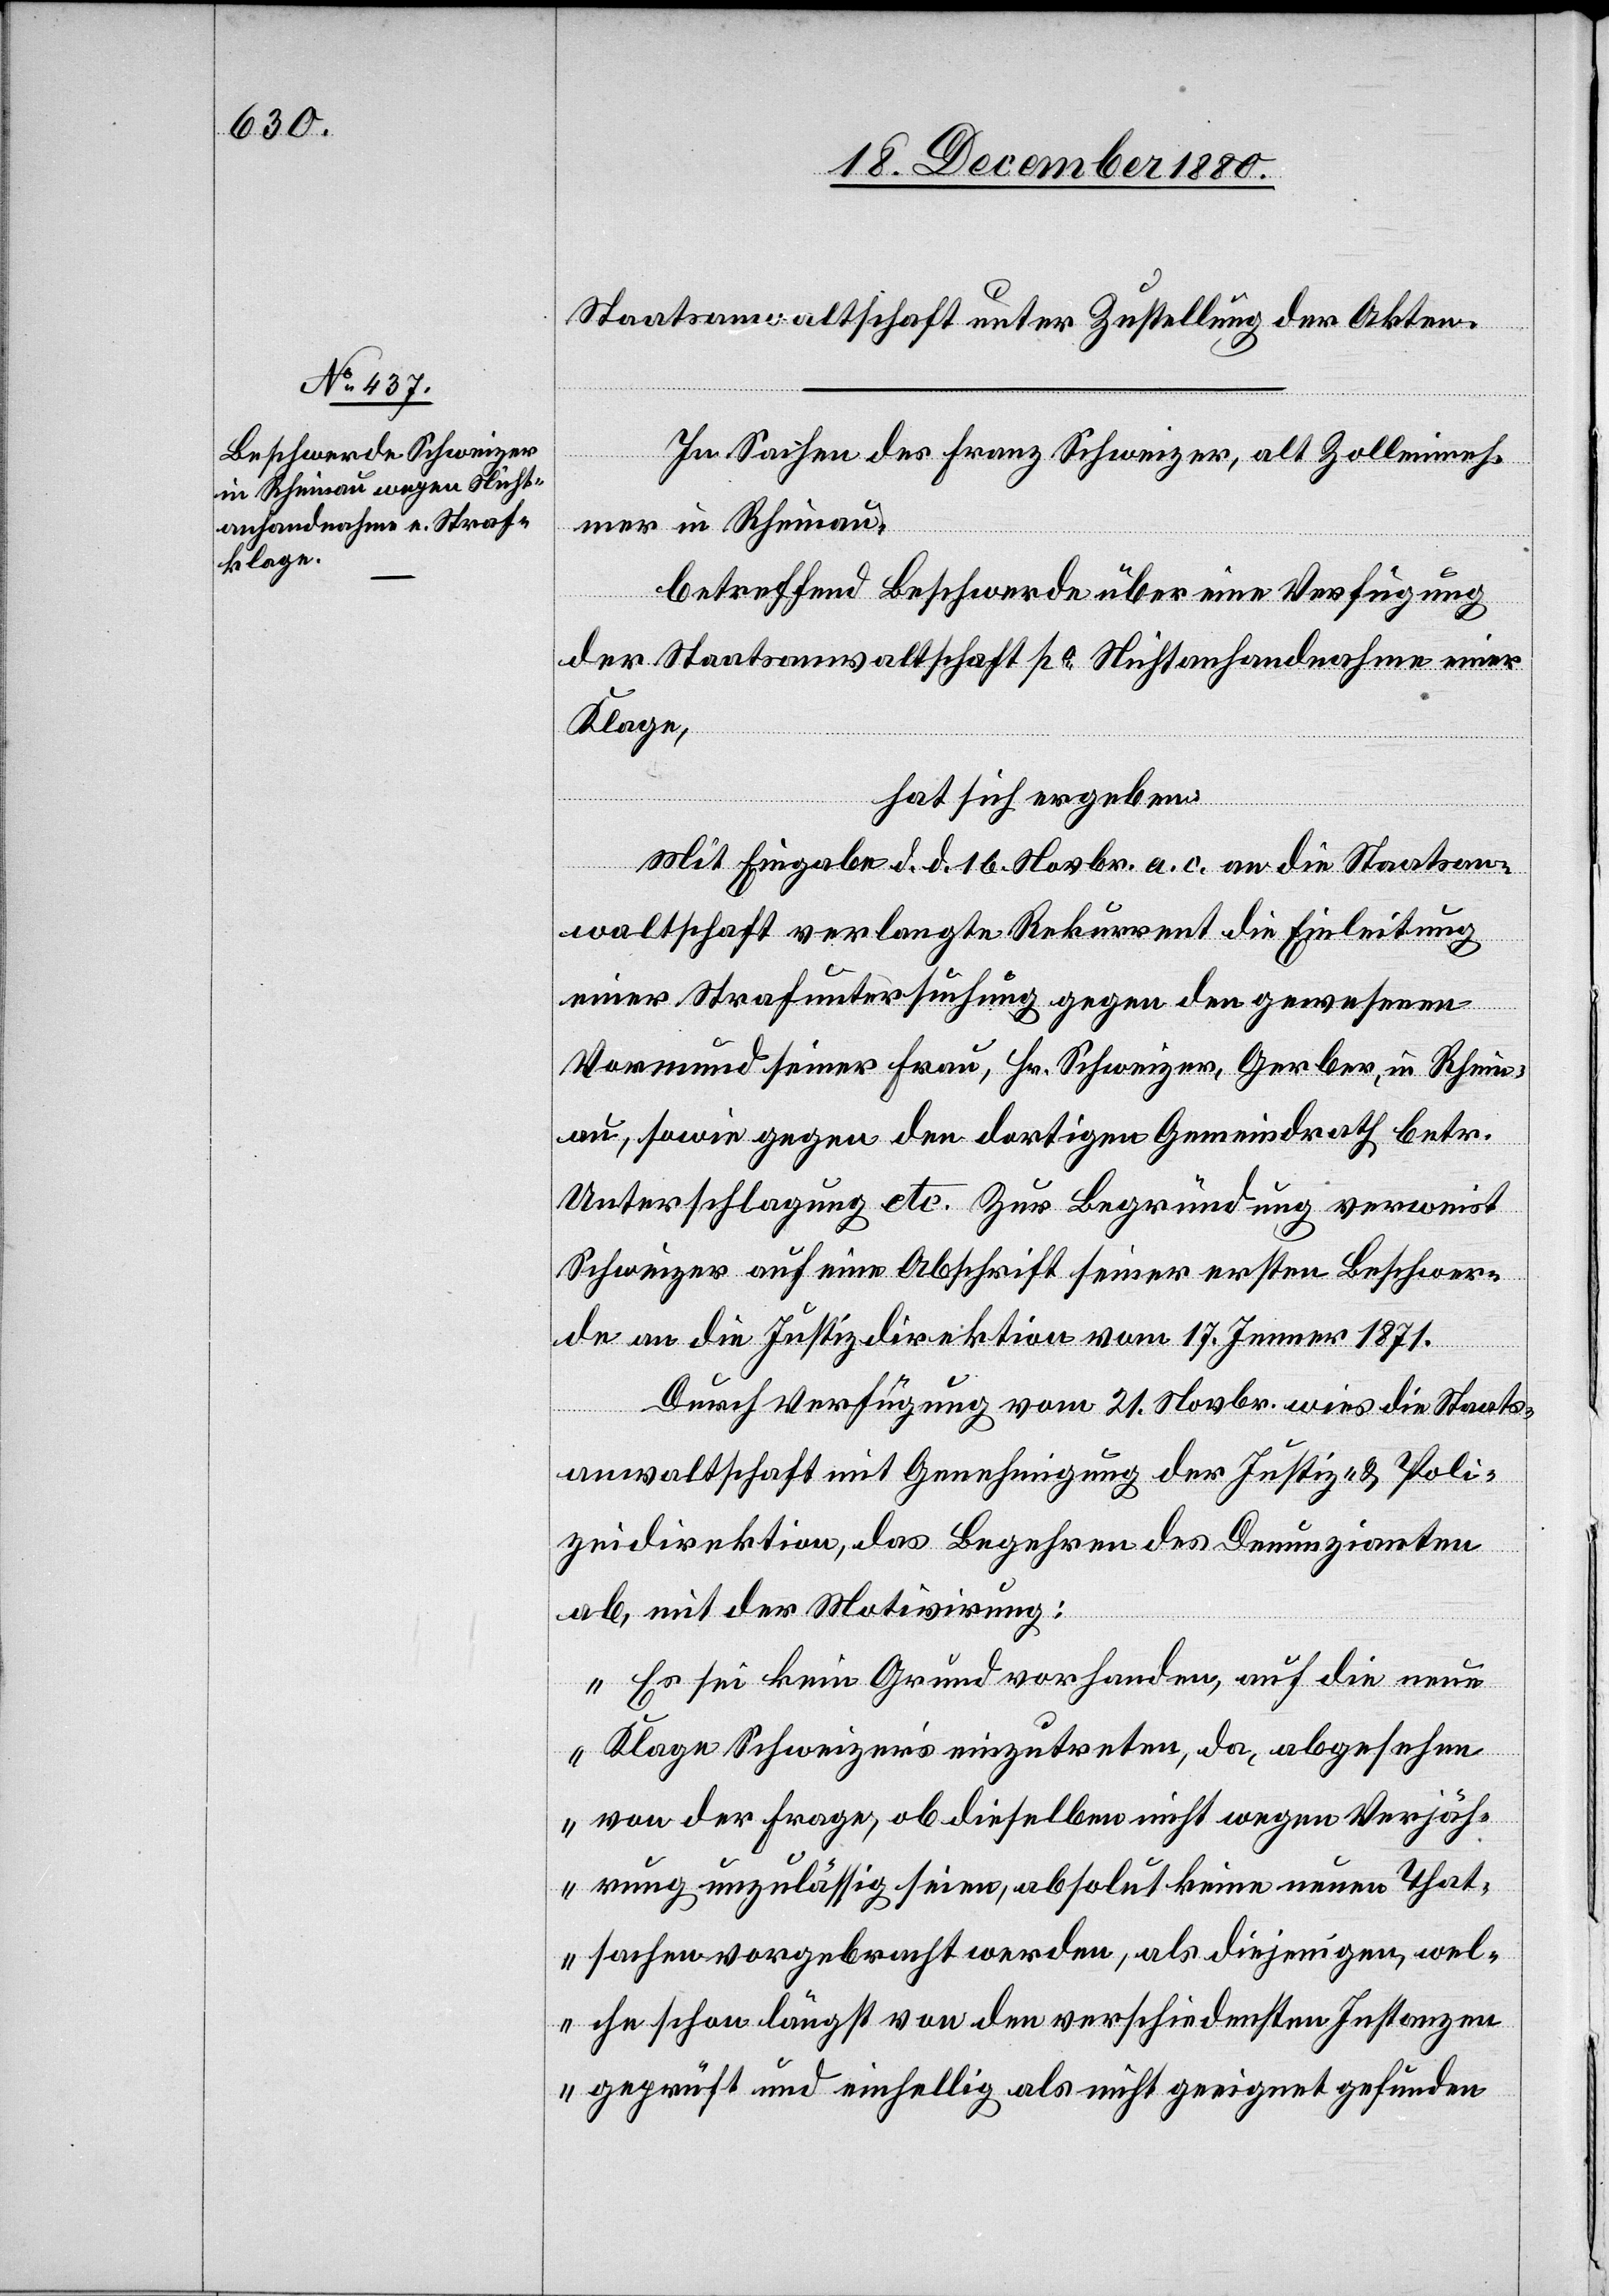
Staatsanwaltschaft unter Zustellung der Akten.
In Sachen des Franz Schweizer, alt Zolleinneh¬
mer in Rheinau,
betreffend Beschwerde über eine Verfügung
der Staatsanwaltschaft po Nichtanhandnahme einer
Klage,
hat sich ergeben:
Mit Eingabe d. d. 16. November an die Staatsan¬
waltschaft verlangte Rekurrent die Einleitung
einer Strafuntersuchung gegen den gewesenen
Vormund seiner Frau, Hr. Schweizer, Gerber, in Rhein¬
au, sowie gegen den dortigen Gemeindrath betr.
Unterschlagung etc. Zur Begründung verweist
Schweizer auf eine Abschrift seiner ersten Beschwer¬
de an die Justizdirektion vom 17. Jenner 1871.
Durch Verfügung vom 21. Novbr. wies die Staats¬
anwaltschaft mit Genehmigung der Justiz- & Poli¬
zeidirektion, das Begehren des Denunzianten
ab, mit der Motivirung:
„Es sei kein Grund vorhanden, auf die neue
Klage Schweizers einzutreten, da, abgesehen
von der Frage, ob dieselben nicht wegen Verjäh¬
rung unzulässig seien, absolut keine neuen That¬
sachen vorgebracht werden, als diejenigen, wel¬
che schon längst von den verschiedensten Instanzen
geprüft und einhellig als nicht geeignet gefunden